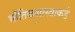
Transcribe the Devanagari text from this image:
भौतिकशास्त्राकडे